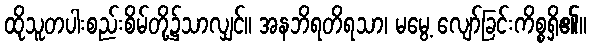
ထိုသူတပါးစည်းစိမ်တို့၌သာလျှင်။ အနဘိရတိရသာ၊ မမွေ့ လျော်ခြင်းကိစ္စရှိ၏။